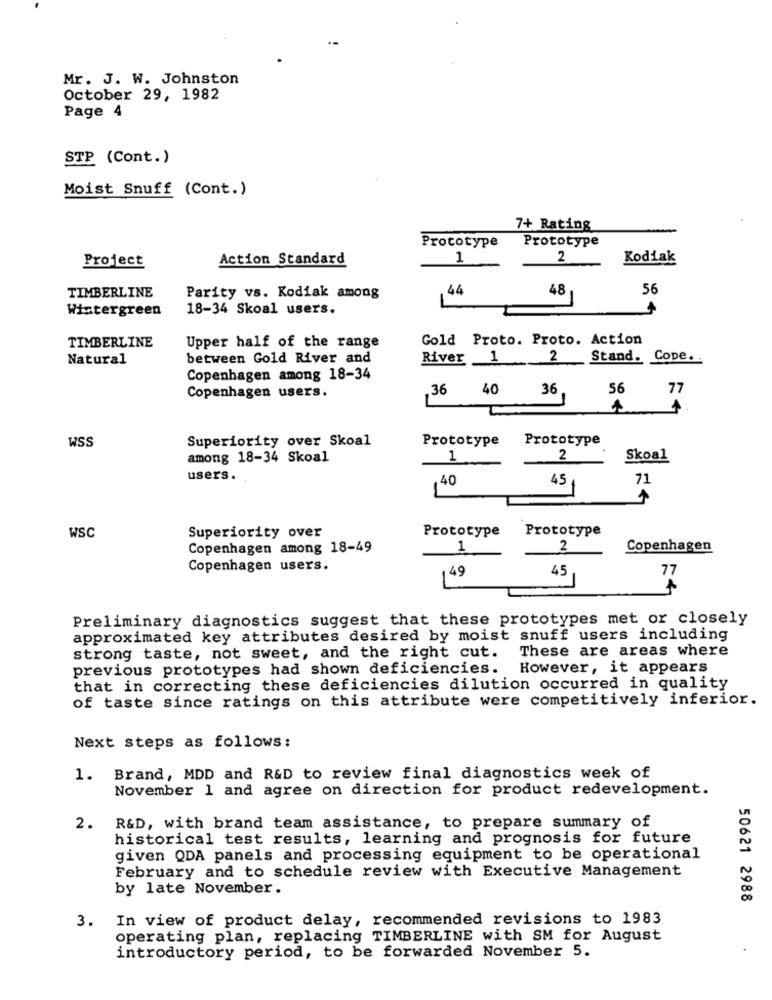
Mr. J. W. Johnston
October 29, 1982
Page 4
STP (Cont.)
Moist Snuff (Cont.)
7+ Rating
Prototype
Prototype
Project
Action Standard
1
2
Kodiak
44
48
56
TIMBERLINE
Parity vs. Kodiak among
Wistergreen
18-34 Skoal users.
Gold Proto. Proto. Action
TIMBERLINE
Upper half of the range
Natural
between Gold River and
River 1
2
Stand.
Cope.
Copenhagen among 18-34
36
40
36
56
77
Copenhagen users.
WSS
Superiority over Skoal
Prototype
Prototype
among 18-34 Skoal
1
2
Skoal
users.
40
45
71
Superiority over
Prototype
Prototype
WSC
Copenhagen among 18-49
1
2
Copenhagen
Copenhagen users.
45
77
49
Preliminary diagnostics suggest that these prototypes met or closely
approximated key attributes desired by moist snuff users including
strong taste, not sweet, and the right cut. These are areas where
previous prototypes had shown deficiencies. However, it appears
that in correcting these deficiencies dilution occurred in quality
of taste since ratings on this attribute were competitively inferior.
Next steps as follows:
1. Brand, MDD and R&D to review final diagnostics week of
November 1 and agree on direction for product redevelopment.
2.
R&D, with brand team assistance, to prepare summary of
historical test results, learning and prognosis for future
given QDA panels and processing equipment to be operational
February and to schedule review with Executive Management
by late November.
50621 2988
3. In view of product delay, recommended revisions to 1983
operating plan, replacing TIMBERLINE with SM for August
introductory period, to be forwarded November 5.